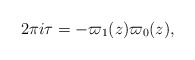
\begin{align*}2\pi i \tau = -{\varpi_1(z)\/\varpi_0(z)}, \end{align*}